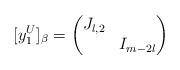
LaTeX: \begin{align*} [y_1^U]_\beta=\begin{pmatrix}J_{l,2} \\ & I_{m-2l} \end{pmatrix}\end{align*}